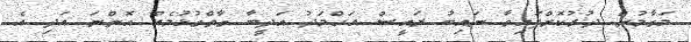
މަގާމުން ދުރުކޮށްފައިވާ ނައިބު ރައީސް އަހްމަދު އަދީބާ ގާތްގުޅުމެއް އޮންނަ އަދި އެ